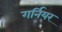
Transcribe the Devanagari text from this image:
गर्नियर